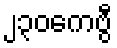
၂၃၀ကေဗွီ